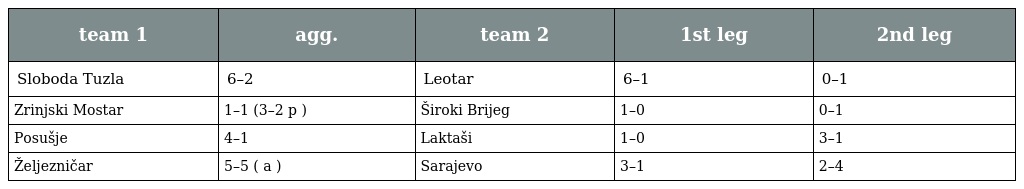
| team 1 | agg. | team 2 | 1st leg | 2nd leg |
 | --- | --- | --- | --- | --- |
 | Sloboda Tuzla | 6–2 | Leotar | 6–1 | 0–1 |
 | Zrinjski Mostar | 1–1 (3–2 p ) | Široki Brijeg | 1–0 | 0–1 |
 | Posušje | 4–1 | Laktaši | 1–0 | 3–1 |
 | Željezničar | 5–5 ( a ) | Sarajevo | 3–1 | 2–4 |